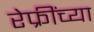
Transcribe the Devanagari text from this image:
रेफ्रींच्या